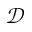
{ \mathcal D }